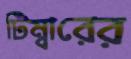
টিম্বারের